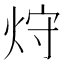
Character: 𤈁